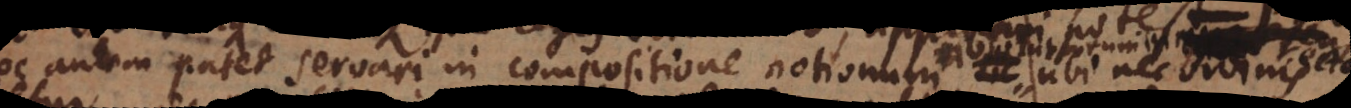
Hoc autem patet servari in compositione notionum absolutarum in